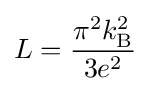
L={\pi ^{2}k_{\rm {B}}^{2} \over 3e^{2}}